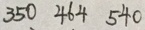
3 5 0 4 6 4 5 4 0